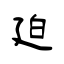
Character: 廹